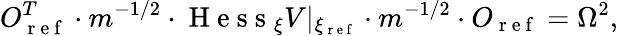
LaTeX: O_{\mathrm{~r~e~f~}}^{T}\cdot m^{-1/2}\cdot\mathrm{~H~e~s~s~}_{\xi}V|_{\xi_{\mathrm{~r~e~f~}}}\cdot m^{-1/2}\cdot O_{\mathrm{~r~e~f~}}=\Omega^{2},